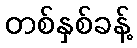
တစ်နှစ်ခန့်